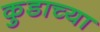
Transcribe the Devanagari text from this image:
कुडाच्या